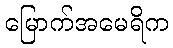
မြောက်အမေရိက